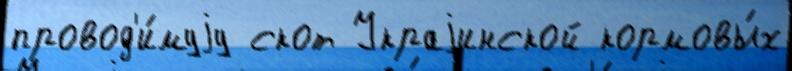
провод'и́муjу скот Украjинской кормовы́х